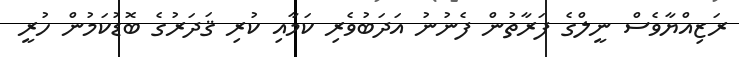
ރަޒިއްޔާވެސް ނީލްގެ ފަރާތުން ފެނުނު އަދަބުވެރި ކަމާއި ކުރި ޤަަދަރުގެ ބޮޑުކަމުން ހުރީ